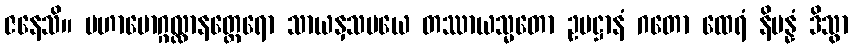
ဇနေသိ။ မဟာမောဂ္ဂလ္လာနတ္ထေရော သာယနှသမယေ တဿာယသ္မတော ဥပဋ္ဌာနံ ဂတော ထေရံ နိပန္နံ ဒိသွာ